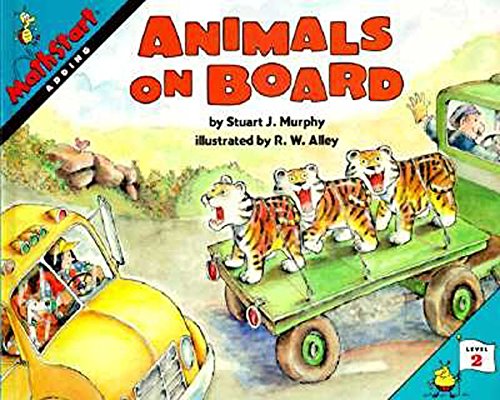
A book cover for Animals on Board (MathStart 2); Stuart J. Murphy; Science & Math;